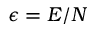
\epsilon = E / N